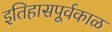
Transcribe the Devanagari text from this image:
इतिहासपूर्वकाळ